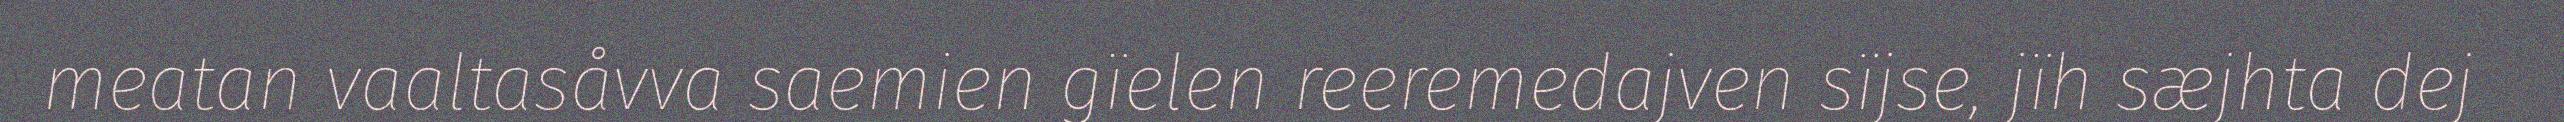
meatan vaaltasåvva saemien gïelen reeremedajven sïjse, jïh sæjhta dej